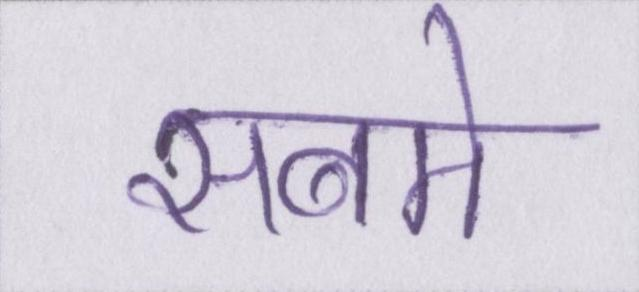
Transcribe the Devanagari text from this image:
सबमे